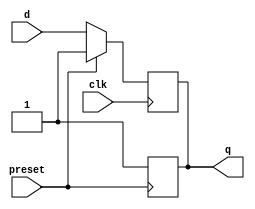
module async_preset_dff(input wire clk, // Clock input
                        input wire preset, // Asynchronous preset input
                        input wire d, // Data input
                        output reg q); // Output

// Asynchronous preset logic
always @(posedge preset)
    q <= 1'b1;

// D flip-flop logic
always @(posedge clk)
begin
    if (preset == 1'b1)
        q <= 1'b1;
    else
        q <= d;
end

endmodule